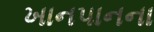
ખાનપાનના